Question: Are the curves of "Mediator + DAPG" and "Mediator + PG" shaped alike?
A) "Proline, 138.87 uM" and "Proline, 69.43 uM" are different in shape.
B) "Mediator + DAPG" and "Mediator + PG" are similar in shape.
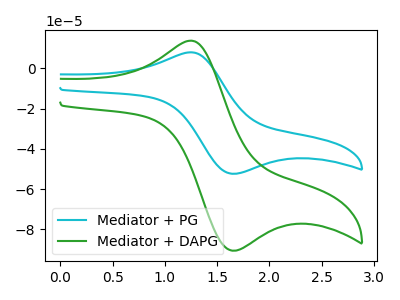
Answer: <think>The cyan curve "Mediator + PG" has an anodic peak at (1.25V, 7.90uA) and a cathodic peak at (1.70V, -52.40uA). The green curve "Mediator + DAPG" has an anodic peak at (1.25V, 13.70uA) and a cathodic peak at (1.70V, -90.55uA).
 All the peaks in "Mediator + DAPG" have a peak in "Mediator + PG" at the same potential. Every peak in "Mediator + DAPG" is higher than every peak in "Mediator + PG".</think>
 <answer>B) "Mediator + DAPG" and "Mediator + PG" are similar in shape.</answer>
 <eval>B</eval>